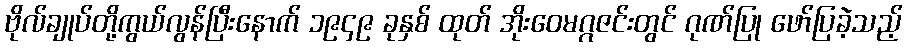
ဗိုလ်ချုပ်တို့ကွယ်လွန်ပြီးနောက် ၁၉၄၉ ခုနှစ် ထုတ် အိုးဝေမဂ္ဂဇင်းတွင် ဂုဏ်ပြု ဖော်ပြခဲ့သည့်